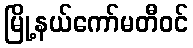
မြို့နယ်ကော်မတီဝင်